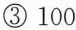
③100